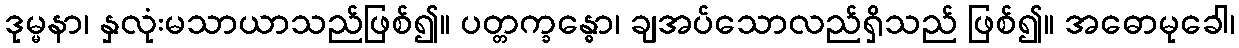
ဒုမ္မနာ၊ နှလုံးမသာယာသည်ဖြစ်၍။ ပတ္တက္ခန္ဓော၊ ချအပ်သောလည်ရှိသည် ဖြစ်၍။ အဓောမုခေါ၊